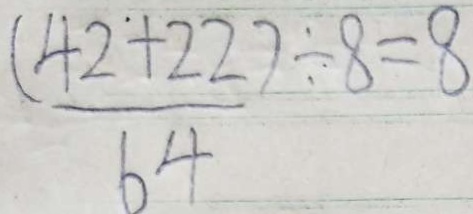
\frac { ( 4 2 + 2 2 ) } { 6 4 } \div 8 = 8